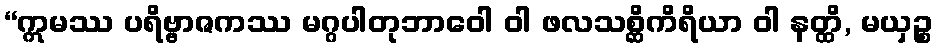
“ဣမဿ ပရိဗ္ဗာဇကဿ မဂ္ဂပါတုဘာဝေါ ဝါ ဖလသစ္ဆိကိရိယာ ဝါ နတ္ထိ, မယှဉ္စ